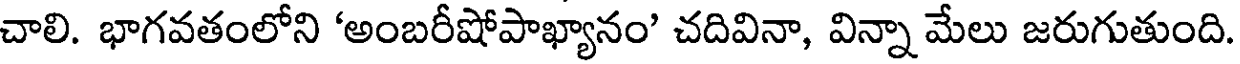
చాలి. భాగవతంలోని 'అంబరీషోపాఖ్యానం' చదివినా, విన్నా మేలు జరుగుతుంది